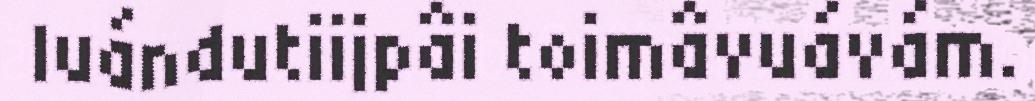
luándutiijpâi toimâvuávám.